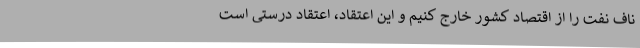
ناف نفت را از اقتصاد کشور خارج کنیم و این اعتقاد، اعتقاد درستی است